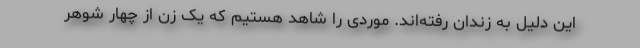
این دلیل به زندان رفته‌اند. موردی را شاهد هستیم که یک زن از چهار شوهر